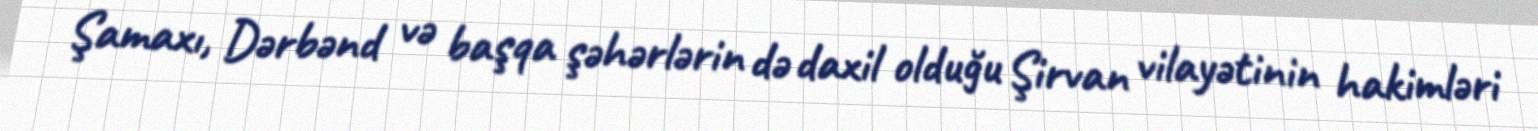
Şamaxı, Dərbənd və başqa şəhərlərin də daxil olduğu Şirvan vilayətinin hakimləri